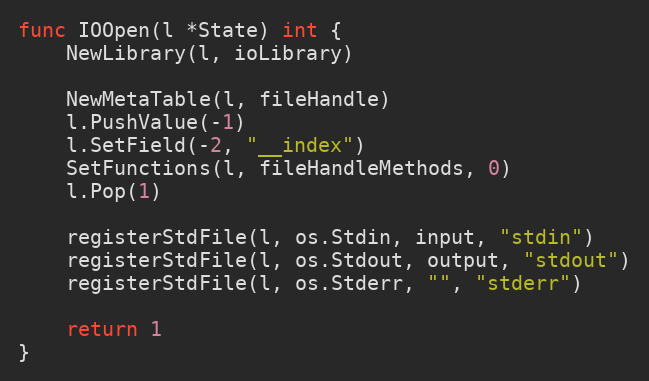
Language: Go
func IOOpen(l *State) int {
	NewLibrary(l, ioLibrary)

	NewMetaTable(l, fileHandle)
	l.PushValue(-1)
	l.SetField(-2, "__index")
	SetFunctions(l, fileHandleMethods, 0)
	l.Pop(1)

	registerStdFile(l, os.Stdin, input, "stdin")
	registerStdFile(l, os.Stdout, output, "stdout")
	registerStdFile(l, os.Stderr, "", "stderr")

	return 1
}